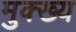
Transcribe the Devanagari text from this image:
मुक्ख्य